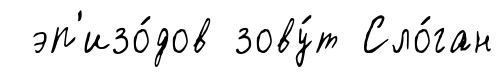
эп'изо́дов зову́т Сло́ган